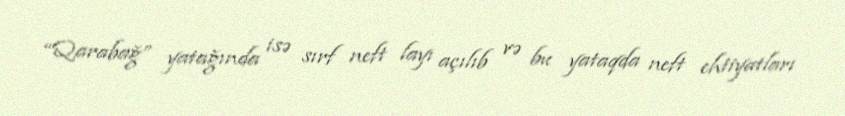
“Qarabağ” yatağında isə sırf neft layı açılıb və bu yataqda neft ehtiyatları